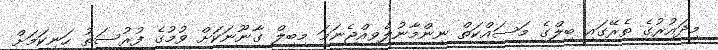
މިދައުރުގެ ތެރޭގައި ބިލްގެ މަސައްކަތް ނިންމާނުލެވިއްޖެނަމަ މިބިލް ގާނޫނަކަށް ވުމުގެ ފުރުސަތު ހަނިކަމަށް